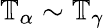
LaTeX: \mathbb{T}_{\alpha}\sim\mathbb{T}_{\gamma}